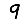
Digit: 9